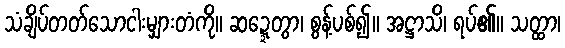
သံချိပ်တတ်သောငါးမျှားတံကို။ ဆဍ္ဍေတွာ၊ စွန့်ပစ်၍။ အဋ္ဌာသိ၊ ရပ်၏။ သတ္ထာ၊